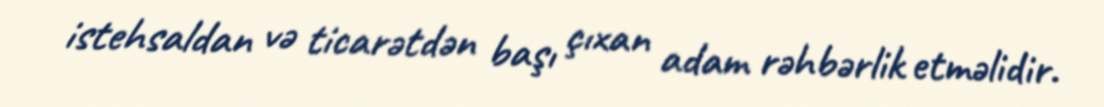
istehsaldan və ticarətdən başı çıxan adam rəhbərlik etməlidir.